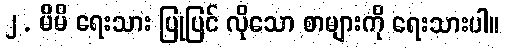
၂ . မိမိ ရေးသား ပြုပြင် လိုသော စာများကို ရေးသားပါ။